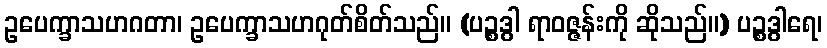
ဥပေက္ခာသဟဂတာ၊ ဥပေက္ခာသဟဂုတ်စိတ်သည်။ (ပဉ္စဒွါ ရာဝဇ္ဇန်းကို ဆိုသည်။) ပဉ္စဒွါရေ၊